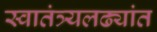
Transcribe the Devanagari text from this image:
स्वातंत्र्यलढ्यांत